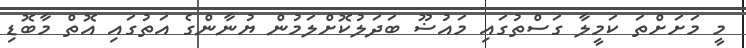
މީ މަށަށްތަ ކަމީލާ ގަސްތުގައި މައުޟޫ ބަދަލުކޮށްލަމުން ޔުނާންގެ އަތުގައި އޮތް މާބޮޑި